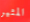
المثير